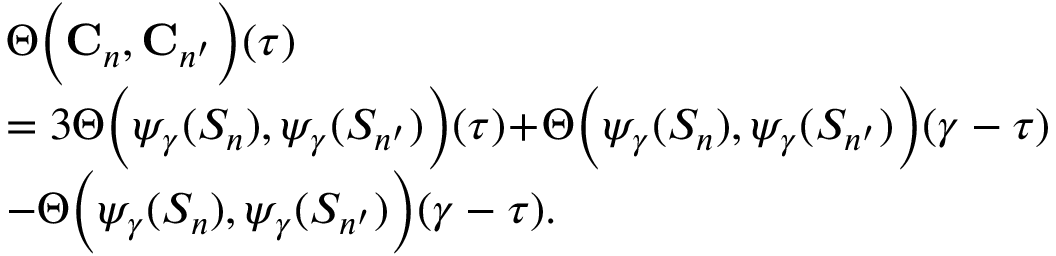
\begin{array} { r l } & { \Theta \Big ( \mathbf { C } _ { n } , \mathbf { C } _ { n ^ { \prime } } \Big ) ( \tau ) } \\ & { = 3 \Theta \Big ( \psi _ { \gamma } ( S _ { n } ) , \psi _ { \gamma } ( S _ { n ^ { \prime } } ) \Big ) ( \tau ) \! + \! \Theta \Big ( \psi _ { \gamma } ( S _ { n } ) , \psi _ { \gamma } ( S _ { n ^ { \prime } } ) \Big ) ( \gamma - \tau ) } \\ & { - \Theta \Big ( \psi _ { \gamma } ( S _ { n } ) , \psi _ { \gamma } ( S _ { n ^ { \prime } } ) \Big ) ( \gamma - \tau ) . } \end{array}